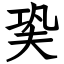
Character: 㠫